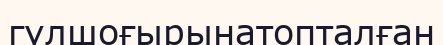
гүлшоғырынатопталған